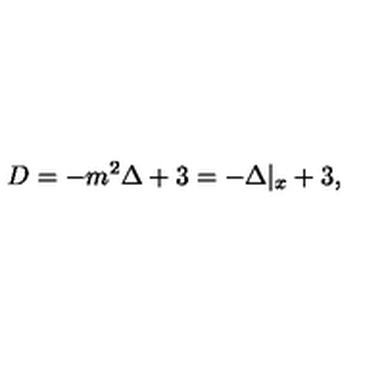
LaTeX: D = - m ^ { 2 } \Delta + 3 = - \Delta | _ { x } + 3 ,